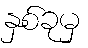
နှစ်ခုမှ